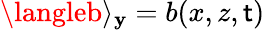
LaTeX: \langleb\rangle_{\mathbf{y}}=b(x,z,\mathsf{t})